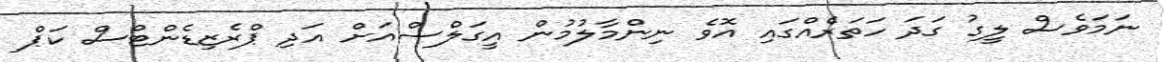
ނަމަވެސް ލީގު ގަދަ ހަތަރެއްގައި އޮވެ ނިންމާލުމުން އީގަލްސްއަށް އަދި ޕްރެޒިޑެންޓްސް ކަޕް